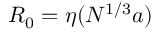
R _ { 0 } = \eta ( N ^ { 1 / 3 } a )